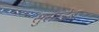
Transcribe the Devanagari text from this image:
सुसाहेब